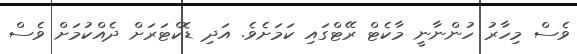
ވެސް މިހާރު ހުންނާނީ މާކެޓް ރޭޓްގައި ކަމަށެވެ. އަދި ޑޮކްޓަރަށް ދެއްކުމަށް ވެސް